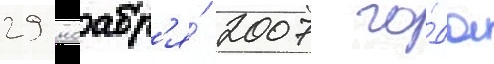
29 ноабр'я́ 2007 го́да